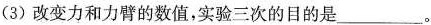
(3)改变力和力臂的数值，实验三次的目的是___。